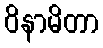
ဝိနာမိတာ